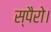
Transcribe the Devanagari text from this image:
स्पैरो।